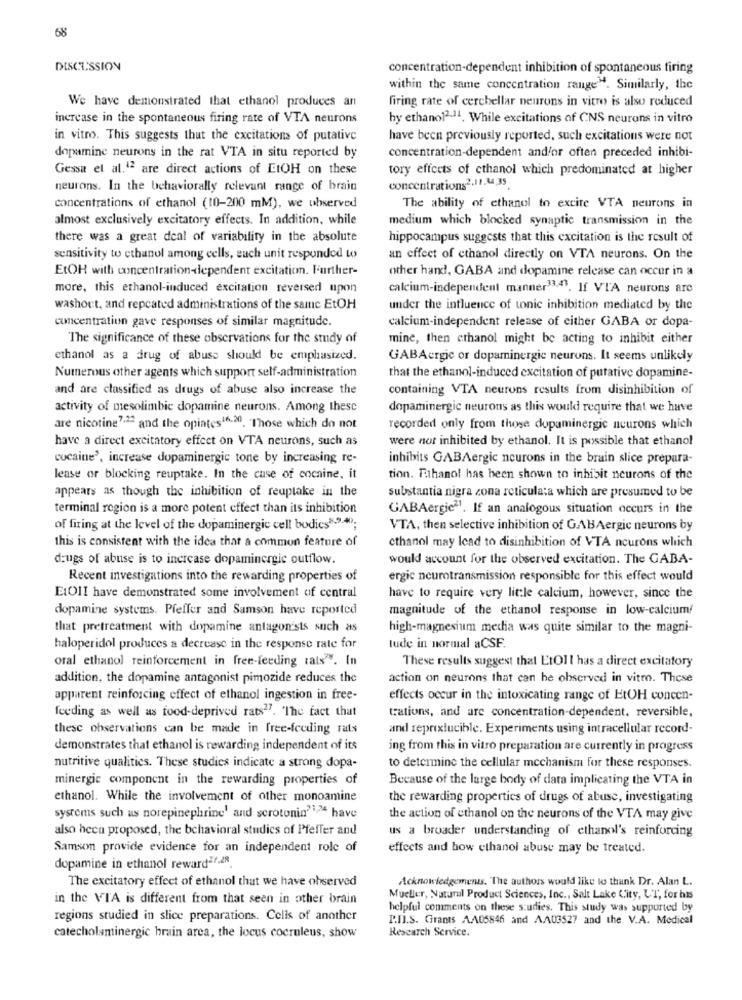
68
DISCUSSION
concentration-dependent inhibition of spontaneous firing
within the same concentration range". Similarly, the
We have demonstrated that ethanol produces an
firing rate of cerebellar neurons in vitro is also reduced
increase in the spontaneous firing rate of VTA neurons
by ethanol2.11. While excitations of CNS neurons in vitro
in vitro. This suggests that the excitations of putative
have been previously reported, such excitations were not
dopamine neurons in the rat VTA in situ reported by
concentration-dependent and/or often preceded inhibi-
Gessa et al.12 are direct actions of EtOH on these
tory effects of ethanol which predominated at higher
concentrations2.11,34,35
neurons. In the behaviorally relevant range of brain
concentrations of ethanol (10-200 mM), we observed
The ability of ethanol to excite VTA neurons in
almost exclusively excitatory effects. In addition, while
medium which blocked synaptic transmission in the
there was a great deal of variability in the absolute
hippocampus suggests that this excitation is the result of
sensitivity to ethanol among cells, such unit responded to
an effect of ethanol directly on VTA neurons. On the
EtOH with concentration-dependent excitation. Further-
other hand, GABA and dopamine release can occur in a
more, this ethanol-induced excitation reversed upon
calcium-independent manner33.43. If VIA neurons are
washout, and repeated administrations of the same EtOH
under the influence of tonic inhibition mediated by the
concentration gave responses of similar magnitude.
calcium-independent release of either GABA or dopa-
The significance of these observations for the study of
mine, then ethanol might be acting to inhibit either
ethanol as a drug of abuse should be emphasized.
GABAergic or dopaminergie neurons. It seems unlikely
Numerous other agents which support self-administration
that the ethanol-induced excitation of putative dopamine-
and are classified as drugs of abuse also increase the
containing VTA neurons results from disinhibition of
activity of mesolimbie dopamine neurons. Among these
dopaminergie neurons as this would require that we have
are nicotine7:2ª and the opiates16.30. Those which do not
recorded only from those dopaminergic neurons which
have a direct excitatory effect on VTA neurons, such as
were not inhibited by ethanol. It is possible that ethanol
cocaine', increase dopaminergic tone by increasing re-
inhibits GABAergic neurons in the brain slice prepara-
lease or blocking reuptake. In the case of cocaine, it
tion. Ethanol has been shown to inhisit neurons of the
appears as though the inhibition of reuptake in the
substantia nigra zona reticulata which are presumed to be
terminal region is a more potent effect than its inhibition
GABAergic21. If an analogous situation occurs in the
of firing at the level of the dopaminergic cell bodics"." .*;
VTA, then selective inhibition of GABAergic neurons by
this is consistent with the idea that a common feature of
ethanol may lead to disinhibition of VTA neurons which
drugs of abuse is to increase dopaminergic outflow.
would account for the observed excitation. The GABA-
Recent investigations into the rewarding properties of
ergic neurotransmission responsible for this effect would
ELOII have demonstrated some involvement of central
have to require very little calcium, however, since the
dopamine systems. Pfeffer and Samson have reported
magnitude of the ethanol response in low-calcium
that pretreatment with dopamine antagon'sts such as
high-magnesium media was quite similar to the magni-
haloperidol produces a decrease in the response rate for
lude in normal aCSF.
oral ethanol reinforcement in free-feeding rals". In
These results suggest that EtOll has a direct excitatory
addition, the dopamine antagonist pimozide reduces the
action on neurons that can he observed in vitro. These
apparent reinforcing effect of ethanol ingestion in free-
effects occur in the intoxicating range of EtOH concen-
feeding as well as food-deprived rats27. The fact that
trations, and are concentration-dependent, reversible,
thesc observations can be made in free-feeding rats
and reprixtucible. Experiments using intracellular record-
demonstrates that ethanol is rewarding independent of its
ing from this in vitro preparation are currently in progress
nutritive qualities. These studies indicate a strong dopa-
to determine the cellular mechanism for these responses.
minergie component in the rewarding properties of
Because of the large body of data implicating the VTA in
ethanol. While the involvement of other monoamine
the rewarding properties of drugs of abuse, investigating
systems such us norepinephrine' and serotonin ?? 4 have
the action of ethanol on the neurons of the VTA may give
also beca proposed, the behavioral studies of Pfeffer and
us a broader understanding of ethanol's reinforcing
Samson provide evidence for an independent role of
effects and how ethanol abuse may be treated.
dopamine in ethanol reward2.28
The excitatory effect of ethanol that we have observed
Acknowledgemenus. "The authors would like to thank Dr. Alan L.
in the VIA is different from that seen in other brain
Mueller, Natural Product Sciences, Inc ., Salt Lake City, UT, for his
helpful comments on these studies. This study was supported by
regions studied in slice preparations. Cells of another
P.I.S. Grants AA05846 and AA03527 and the V.A. Medical
Research Service.
catecholaminergic brain area, the locus cocruleus, show